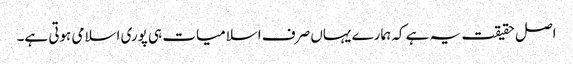
اصل حقیقت یہ ہے کہ ہمارے یہاں صرف اسلامیات ہی پوری اسلامی ہوتی ہے۔